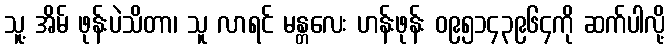
သူ့ အိမ် ဖုန်းပဲသိတာ၊ သူ လာရင် မန္တလေး ဟန်းဖုန်း ၀၉၅၁၄၃၉၆၄ကို ဆက်ပါလို့